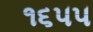
૧૬૫૫